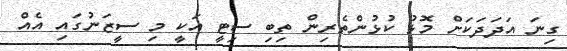
ގިނަ އަދަދަކަށް މޮޅު ކުޅުންތެރިން ތިބި ސިޓީ އަކީ މި ސީޒަނުގައި އެއް